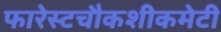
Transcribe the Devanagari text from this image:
फारेस्टचौकशीकमेटी